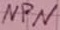
Text: NPN